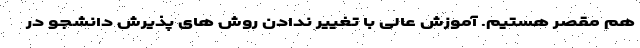
هم مقصر هستیم. آموزش عالی با تغییر ندادن روش های پذیرش دانشجو در